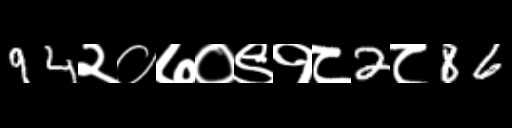
Text: 94२०७०९१८2८86